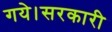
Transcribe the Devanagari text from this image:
गये।सरकारी